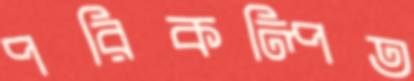
পরিকল্পিত